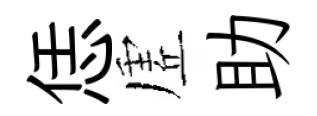
恁虗助